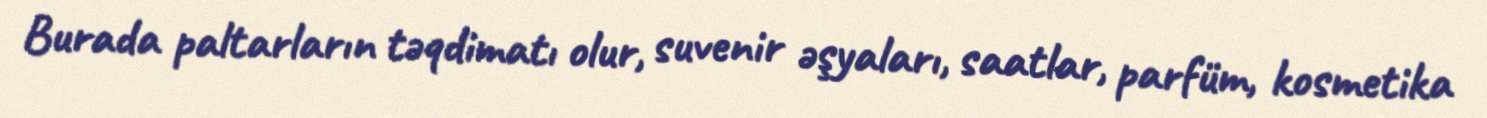
Burada paltarların təqdimatı olur, suvenir əşyaları, saatlar, parfüm, kosmetika